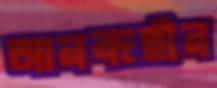
আনন্দহীন